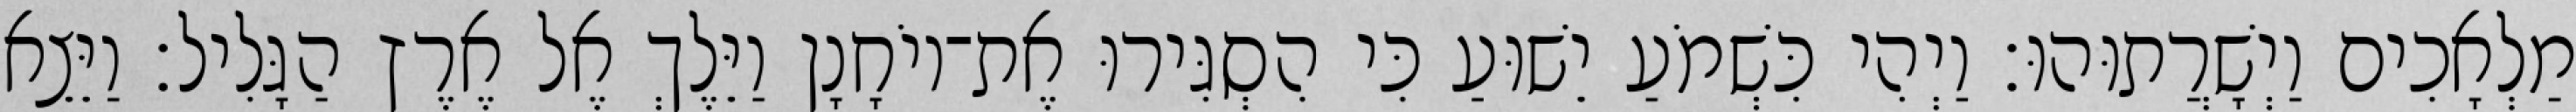
מַלְאָכִים וַיְשָׁרֲתוּהוּ׃ וַיְהִי כִּשְׁמֹעַ יֵשׁוּעַ כִּי הִסְגִּירוּ אֶת־יוֹחָנָן וַיֵּלֶךְ אֶל אֶרֶץ הַגָּלִיל׃ וַיֵּצֵא